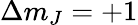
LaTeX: \Delta m_{J}=+1